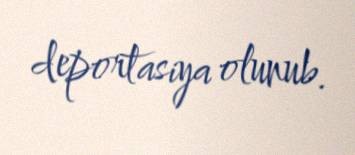
deportasiya olunub.